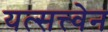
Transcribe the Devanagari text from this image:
यत्सत्त्वेन